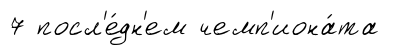
7 посл'е́дн'ем чемп'иона́та